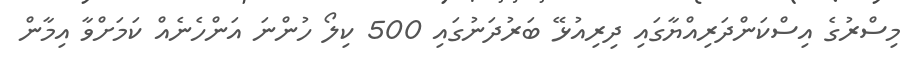
މިސްރުގެ އިސްކަންދަރިއްޔާގައި ދިރިއުޅޭ ބަރުދަނުގައި 500 ކިލޯ ހުންނަ އަންހެނެއް ކަމަށްވާ އިމާން